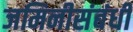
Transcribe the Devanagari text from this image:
जमिनीसंबंधी